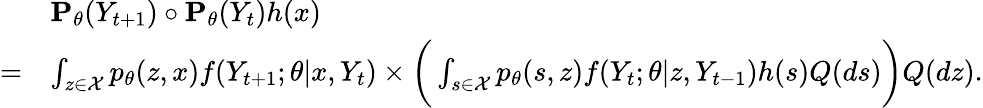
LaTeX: \begin{array}{rl}&{{\mathbf P}_{\theta}(Y_{t+1})\circ{\mathbf P}_{\theta}(Y_{t})h(x)}\\ {=}&{\int_{z\in\mathcal{X}}p_{\theta}(z,x)f(Y_{t+1};\theta|x,Y_{t})\times\bigg(\int_{s\in\mathcal{X}}p_{\theta}(s,z)f(Y_{t};\theta|z,Y_{t-1})h(s)Q(ds)\bigg)Q(dz).}\end{array}